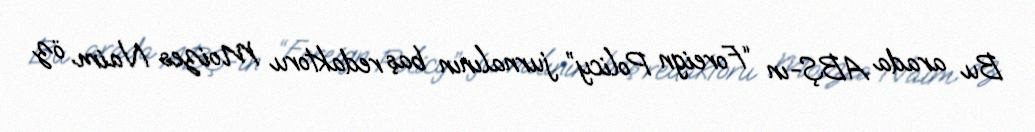
Bu arada ABŞ-ın “Foreign Policy” jurnalının baş redaktoru Moizes Naim öz